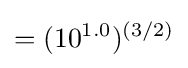
=({10^{1.0}})^{(3/2)}